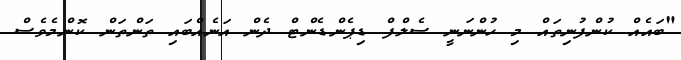
"ބައެއް ކުންފުނިތައް މި ހުންނަނީ ސެލްފް ޑިޕެންޑެންޓް ދެން އަނެއްބައި ތަންތަން ކޮންމެވެސް